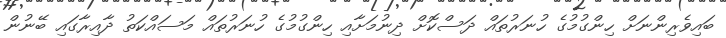
ބައިވެރިންނަށް ހިންގުމުގެ ހުނަރުތައް ދަސްކޮށް ދިނުމަށާއި ހިންގުމުގެ ހުނަރުތައް މަސައްކަތު ދާއިރާގައި ބޭނުން